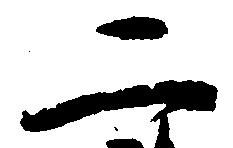
二